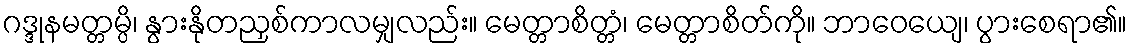
ဂဒ္ဒုနမတ္တမ္ပိ၊ နွားနိုတညှစ်ကာလမျှလည်း။ မေတ္တာစိတ္တံ၊ မေတ္တာစိတ်ကို။ ဘာဝေယျေ၊ ပွားစေရာ၏။